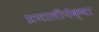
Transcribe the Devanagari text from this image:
प्रणालीपेक्षा